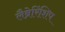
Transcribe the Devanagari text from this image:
लैब्रेरिंशिप